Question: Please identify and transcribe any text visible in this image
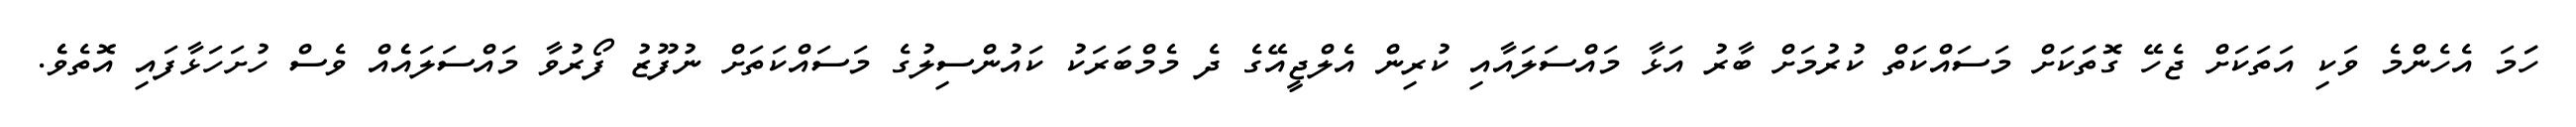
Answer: ހަަމަ އެހެންމެ ވަކި އަތަކަށް ޖެހޭ ގޮތަަކަށް މަސައްކަތް ކުރުމަށް ބާރު އަޅާ މައްސަލައާއި ކުރިން އެލްޖީއޭގެ ދެ މެމްބަރަކު ކައުންސިލުގެ މަސައްކަތަށް ނުފޫޒު ފޯރުވާ މައްސަލައެެއް ވެސް ހުށަހަޅާފައި އޮތެވެެ.